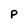
Character: p